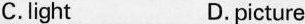
C.light D.picture